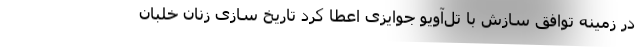
در زمینه توافق سازش با تل‌آویو جوایزی اعطا کرد تاریخ سازی زنان خلبان